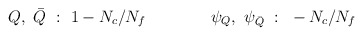
\begin{align*}Q, ~\bar Q ~ : ~ 1-N_c/N_f \qquad \qquad\psi _Q, ~ \psi _{\bar Q} ~ : ~ -N_c/N_f\end{align*}